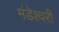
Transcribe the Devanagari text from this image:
मंडेश्वरी